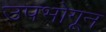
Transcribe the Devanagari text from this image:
उपभोगून